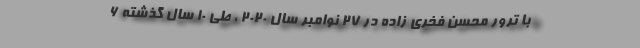
با ترور محسن فخری زاده در 27 نوامبر سال 2020 ، طی 10 سال گذشته 6